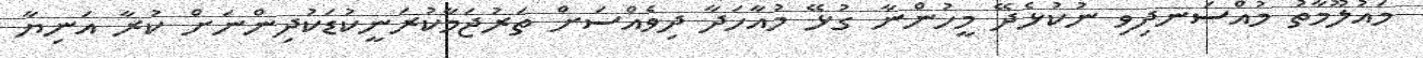
މައުލޫމާތު މުއްސަނދިވި ނުކުޅެދޭ މީހުންނާ ގުޅޭ މުއާހަދާ ދިވެއްސަށް ތަރުޖަމާކުރަނީކުޑަކުދިންނަށް ކުރާ އަނިޔާ